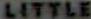
LITTLE